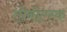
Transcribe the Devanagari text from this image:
तोबोल्स्क